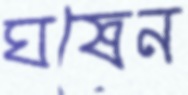
ঘষেন